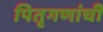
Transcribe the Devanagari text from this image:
पितृगणांची